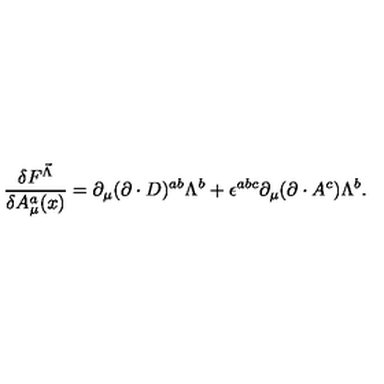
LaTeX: \frac { \delta F ^ { \vec { \Lambda } } } { \delta A _ { \mu } ^ { a } ( x ) } = \partial _ { \mu } ( \partial \cdot D ) ^ { a b } \Lambda ^ { b } + \epsilon ^ { a b c } \partial _ { \mu } ( \partial \cdot A ^ { c } ) \Lambda ^ { b } .